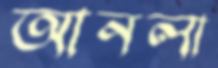
আনলা